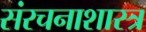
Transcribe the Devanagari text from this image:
संरचनाशास्त्र